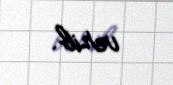
verib.